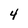
Character: 4